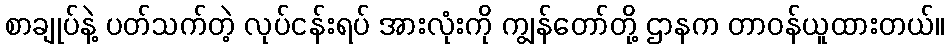
စာချုပ်နဲ့ ပတ်သက်တဲ့ လုပ်ငန်းရပ် အားလုံးကို ကျွန်တော်တို့ ဌာနက တာဝန်ယူထားတယ်။